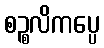
စဉ္စလိကပ္ပေ